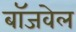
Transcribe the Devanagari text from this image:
बॉजवेल